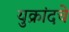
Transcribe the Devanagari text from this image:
युक्रांदचे